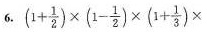
6. $$( 1 + \frac{1}{2}) \times ( 1 - \frac{1}{2} ) \times ( 1 +